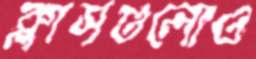
ক্লাসগুলোও